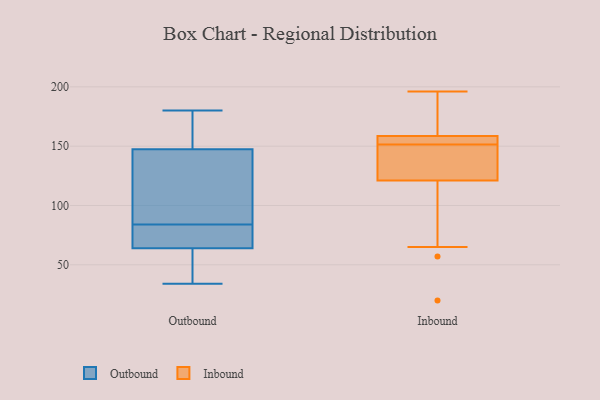
{"axis": {"x": "Inventory Turnover", "y": "Value"}, "legend": ["Inbound", "Outbound"], "data": [{"x": "", "y": 34, "type": "Outbound"}, {"x": "", "y": 180, "type": "Outbound"}, {"x": "", "y": 36, "type": "Outbound"}, {"x": "", "y": 102, "type": "Outbound"}, {"x": "", "y": 58, "type": "Outbound"}, {"x": "", "y": 160, "type": "Outbound"}, {"x": "", "y": 114, "type": "Outbound"}, {"x": "", "y": 84, "type": "Outbound"}, {"x": "", "y": 66, "type": "Outbound"}, {"x": "", "y": 146, "type": "Outbound"}, {"x": "", "y": 72, "type": "Outbound"}, {"x": "", "y": 80, "type": "Outbound"}, {"x": "", "y": 152, "type": "Outbound"}, {"x": "", "y": 65, "type": "Inbound"}, {"x": "", "y": 129, "type": "Inbound"}, {"x": "", "y": 20, "type": "Inbound"}, {"x": "", "y": 138, "type": "Inbound"}, {"x": "", "y": 160, "type": "Inbound"}, {"x": "", "y": 155, "type": "Inbound"}, {"x": "", "y": 149, "type": "Inbound"}, {"x": "", "y": 182, "type": "Inbound"}, {"x": "", "y": 150, "type": "Inbound"}, {"x": "", "y": 57, "type": "Inbound"}, {"x": "", "y": 158, "type": "Inbound"}, {"x": "", "y": 153, "type": "Inbound"}, {"x": "", "y": 113, "type": "Inbound"}, {"x": "", "y": 159, "type": "Inbound"}, {"x": "", "y": 158, "type": "Inbound"}, {"x": "", "y": 196, "type": "Inbound"}]}